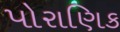
પોરાણિક